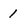
Character: 1